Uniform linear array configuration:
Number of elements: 12
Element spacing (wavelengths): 0.75
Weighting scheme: cosine
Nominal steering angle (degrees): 45
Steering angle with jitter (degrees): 44.058
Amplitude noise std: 0.05
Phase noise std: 0.05

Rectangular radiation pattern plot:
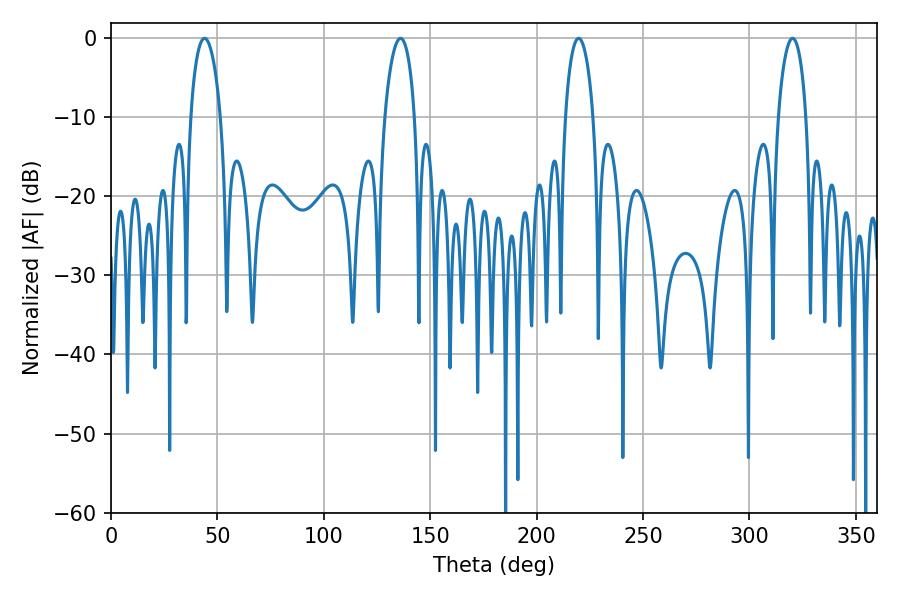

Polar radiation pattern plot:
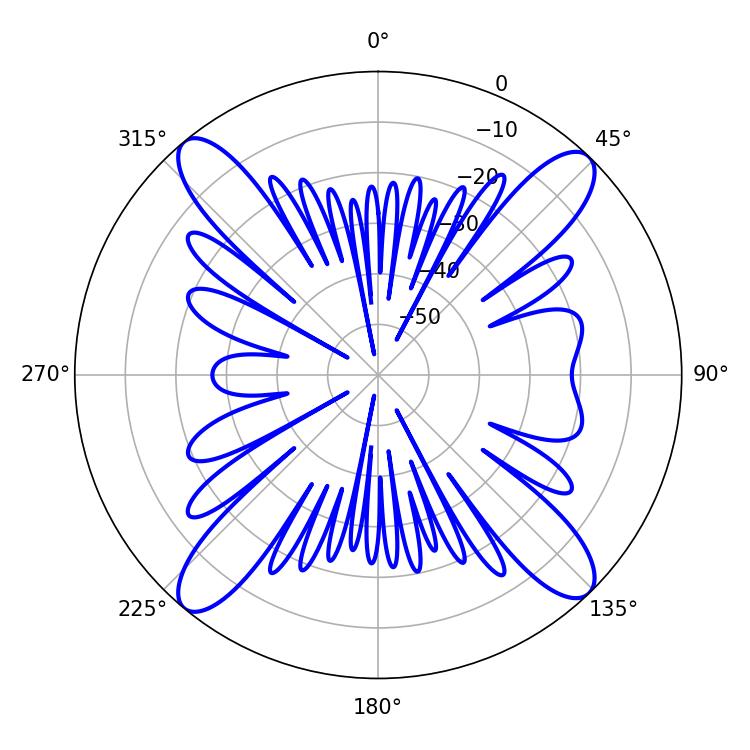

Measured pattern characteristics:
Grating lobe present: TRUE
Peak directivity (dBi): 17.93
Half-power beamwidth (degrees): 7.92
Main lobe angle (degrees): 43.92